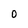
Character: 0